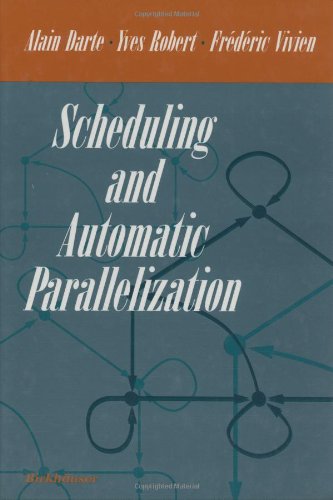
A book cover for Scheduling and Automatic Parallelization; Alain Darte; Computers & Technology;